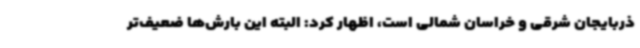
ذربایجان شرقی و خراسان شمالی است، اظهار کرد: البته این بارش‌ها ضعیف‌تر